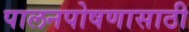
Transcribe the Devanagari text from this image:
पालनपोषणासाठी